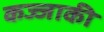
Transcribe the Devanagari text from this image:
कज्जाकी